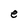
Character: e